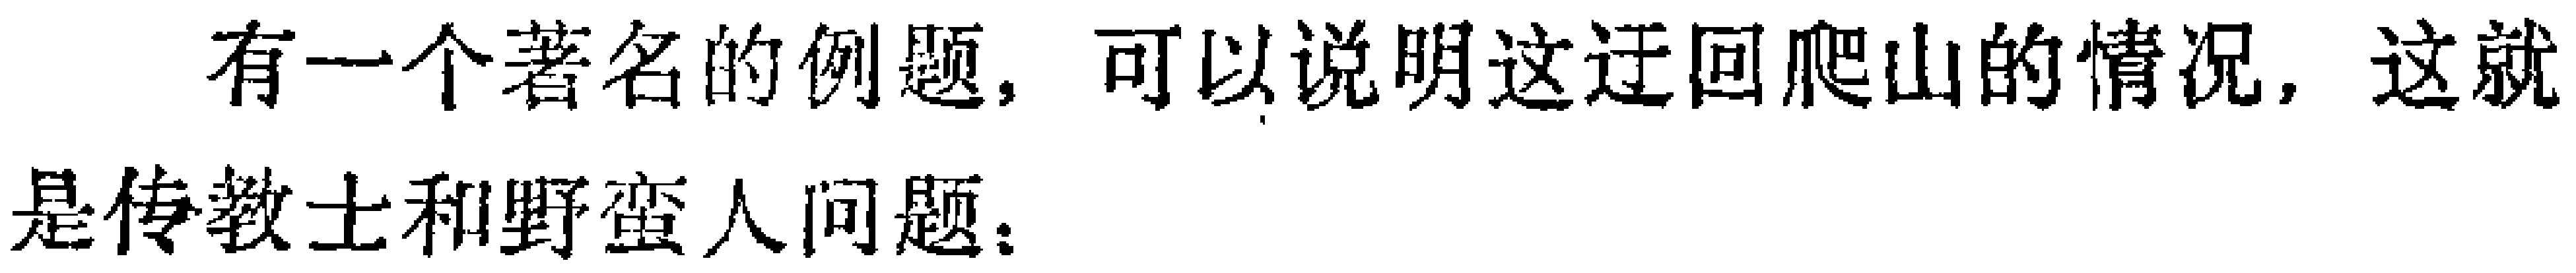
有一个著名的例题，可以说明这迂回爬山的情况，这就是传教士和野蛮人问题：